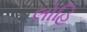
લોહિ